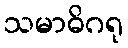
သမာဓိဂရု